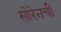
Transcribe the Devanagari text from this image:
सोरेनची